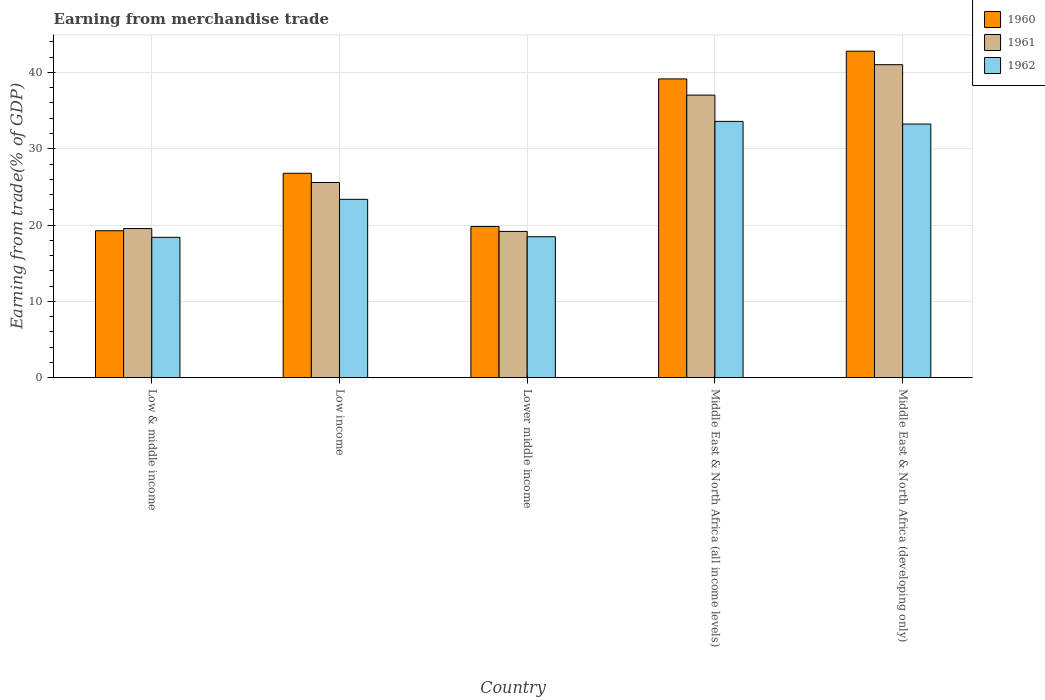
| Country | 1960 | 1961 | 1962 |
 | --- | --- | --- | --- |
 | Low & middle income | 19.3 | 19.5 | 18.4 |
 | Low income | 26.8 | 25.6 | 23.4 |
 | Lower middle income | 19.8 | 19.2 | 18.5 |
 | Middle East & North Africa (all income levels) | 39.2 | 37 | 33.6 |
 | Middle East & North Africa (developing only) | 42.8 | 41 | 33.2 |